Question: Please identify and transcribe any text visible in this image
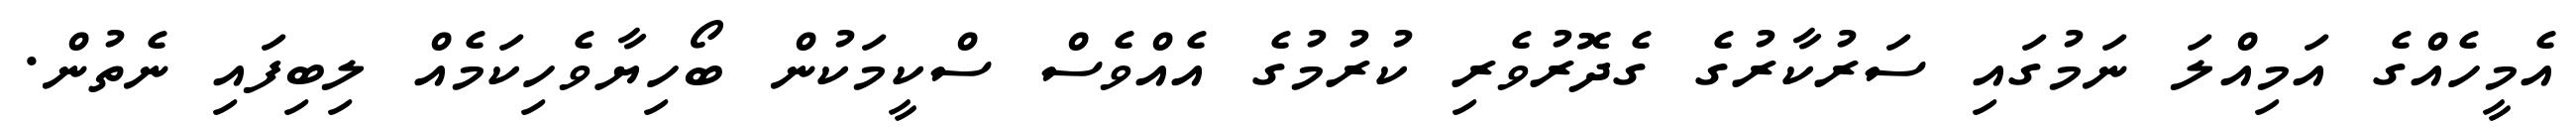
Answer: އެމީހެއްގެ އަމިއްލަ ނަމުގައި ސަރުކާރުގެ ގެދޮރުވެރި ކުރުމުގެ އެއްވެސް ސްކީމަކުން ބޯހިޔާވެހިކަމެއް ލިބިފައި ނެތުން.